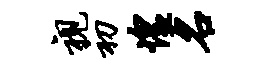
视初惶名